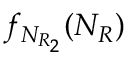
f _ { N _ { R _ { 2 } } } ( N _ { R } )